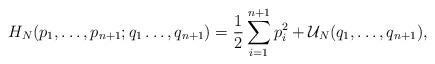
LaTeX: \begin{align*}H_N(p_1,\ldots,p_{n+1};q_1\ldots,q_{n+1})={1\over2}\sum_{i=1}^{n+1} p_i^2 +{\cal U}_N (q_1,\ldots,q_{n+1}),\end{align*}